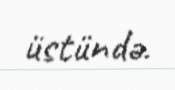
üstündə.